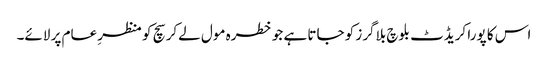
اس کا پورا کریڈٹ بلوچ بلاگرز کو جاتا ہے جو خطرہ مول لےکر سچ کو منظرِ عام پر لائے۔